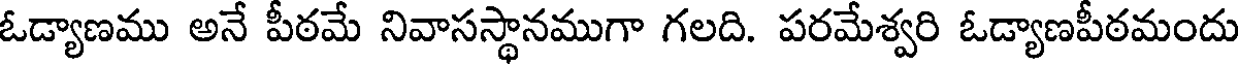
ఓడ్యాణము అనే పీఠమే నివాసస్థానముగా గలది. పరమేశ్వరి ఓడ్యాణపీఠమందు